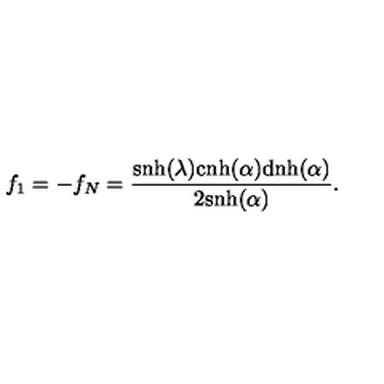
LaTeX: f _ { 1 } = - f _ { N } = \frac { \mathrm { s n h } ( \lambda ) \mathrm { c n h } ( \alpha ) \mathrm { d n h } ( \alpha ) } { 2 \mathrm { s n h } ( \alpha ) } .